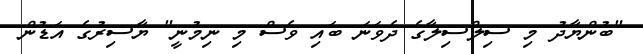
"ބުންޔާދު މި ސިލްސިލާގެ ދެވަނަ ބައި ވެސް މި ނިމުނީ" ޔާސިރުގެ އަޑުން